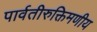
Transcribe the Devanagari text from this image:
पार्वतीरुक्तिमणीय